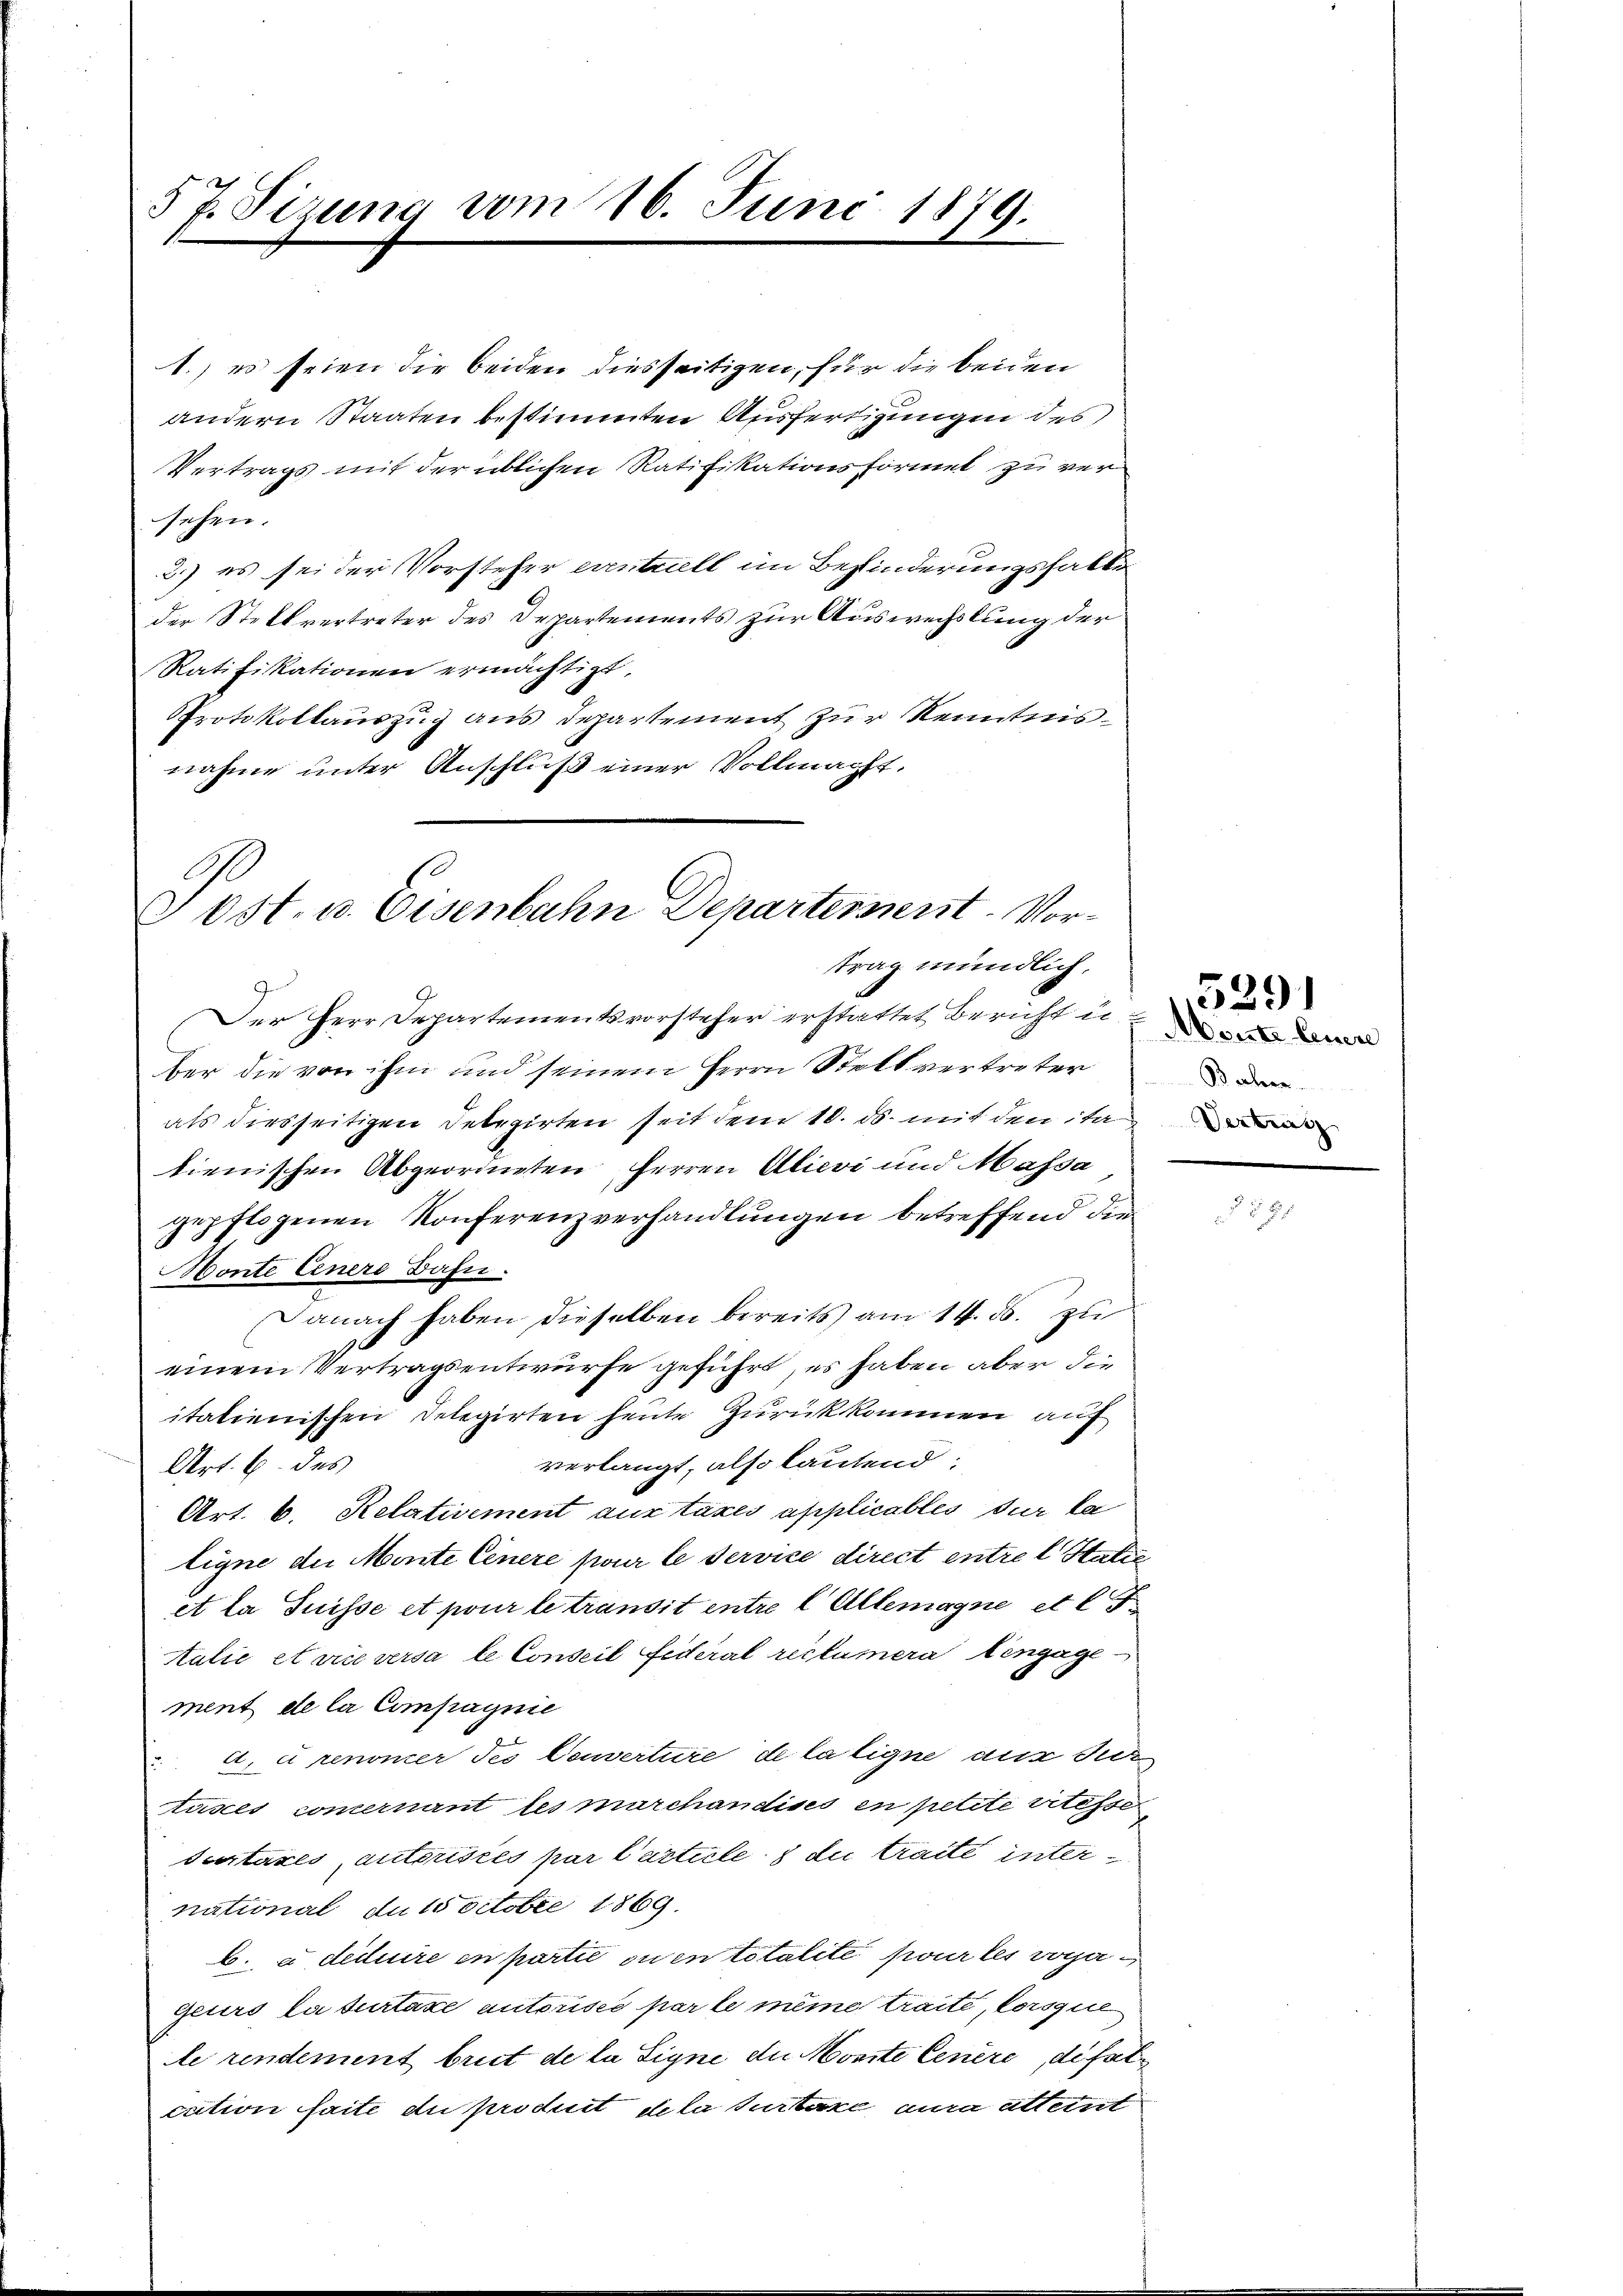
5 P. Tizung vom 16. Juni 1879.

1.) es seien die beiden diesseitigen, für die beiden
andern Staaten bestimmten Ausfertigungen des
Vertrags mit der üblichen Ratifikationsformel zu versehen.
2.) es sei der Vorsteher eventariell im Befinderungsfalle
der Stellvertreter des Departements zur Auswechslung der
Ratifikationen ermächtigt.
Protokollauszug aus Departement zur Kenntnisnahme unter Anschluß einer Vollmacht.
Der Herr Departementsvorsteher erstattet Bericht uber die von ihm und seinem Herrn Stell vertreter
als diesseitigen Delegirten seit dem 10. ds. mit den ita
tienischen Abgeordneten Herren Alievi und Massa
gepflogenen Konferenzverhandlungen betreffend die
Honte Einere Bahn.
Danach haben dieselben bereits am 14. ds. zu
einem Vertragsentwurfe geführt, es haben aber die
italienischen Delegirten heute Zurückkommen auf
verlangt, also lautend:
Art. 6 des
Art. 6. Relativement aus taxes applicables dur la
ligne die Monte Cenere pour le service direct entre l Statie
et la Suisse et pour le transit entre l Allemagne et l. F
Aulie et vice versa le Conseil Federal reclamera engage
ment de la Compagnie
a, e renoner des Converture de la ligne aus der
tuses commernant les marchandises en petite ritesser
Scrtaxes, autoristes par l’article 7 de traite inter
national du 10 Octobre 1869.
b. e dicire en partie ou en totalite pour les vogegeurs la surtaxe autorisée par le même traite, lorsque
le rendement brut de la Signe der Morite Cenère, de fat
cution faite du prochnet de la surtaxe aura alternit

ost. u. Eisenbahn Departement. Vortrag mündlich.

Aerzte Feuere
Bachen.

529)